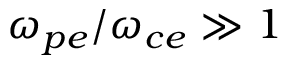
\omega _ { p e } / \omega _ { c e } \gg 1